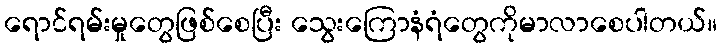
ရောင်ရမ်းမှုတွေဖြစ်စေပြီး သွေးကြောနံရံတွေကိုမာလာစေပါတယ်။